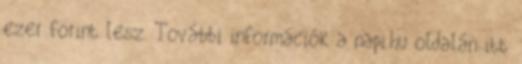
ezer forint lesz. További információk a napi.hu oldalán itt